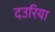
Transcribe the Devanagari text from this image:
दउरिया